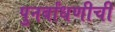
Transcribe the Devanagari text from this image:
पुनर्बांधणीची